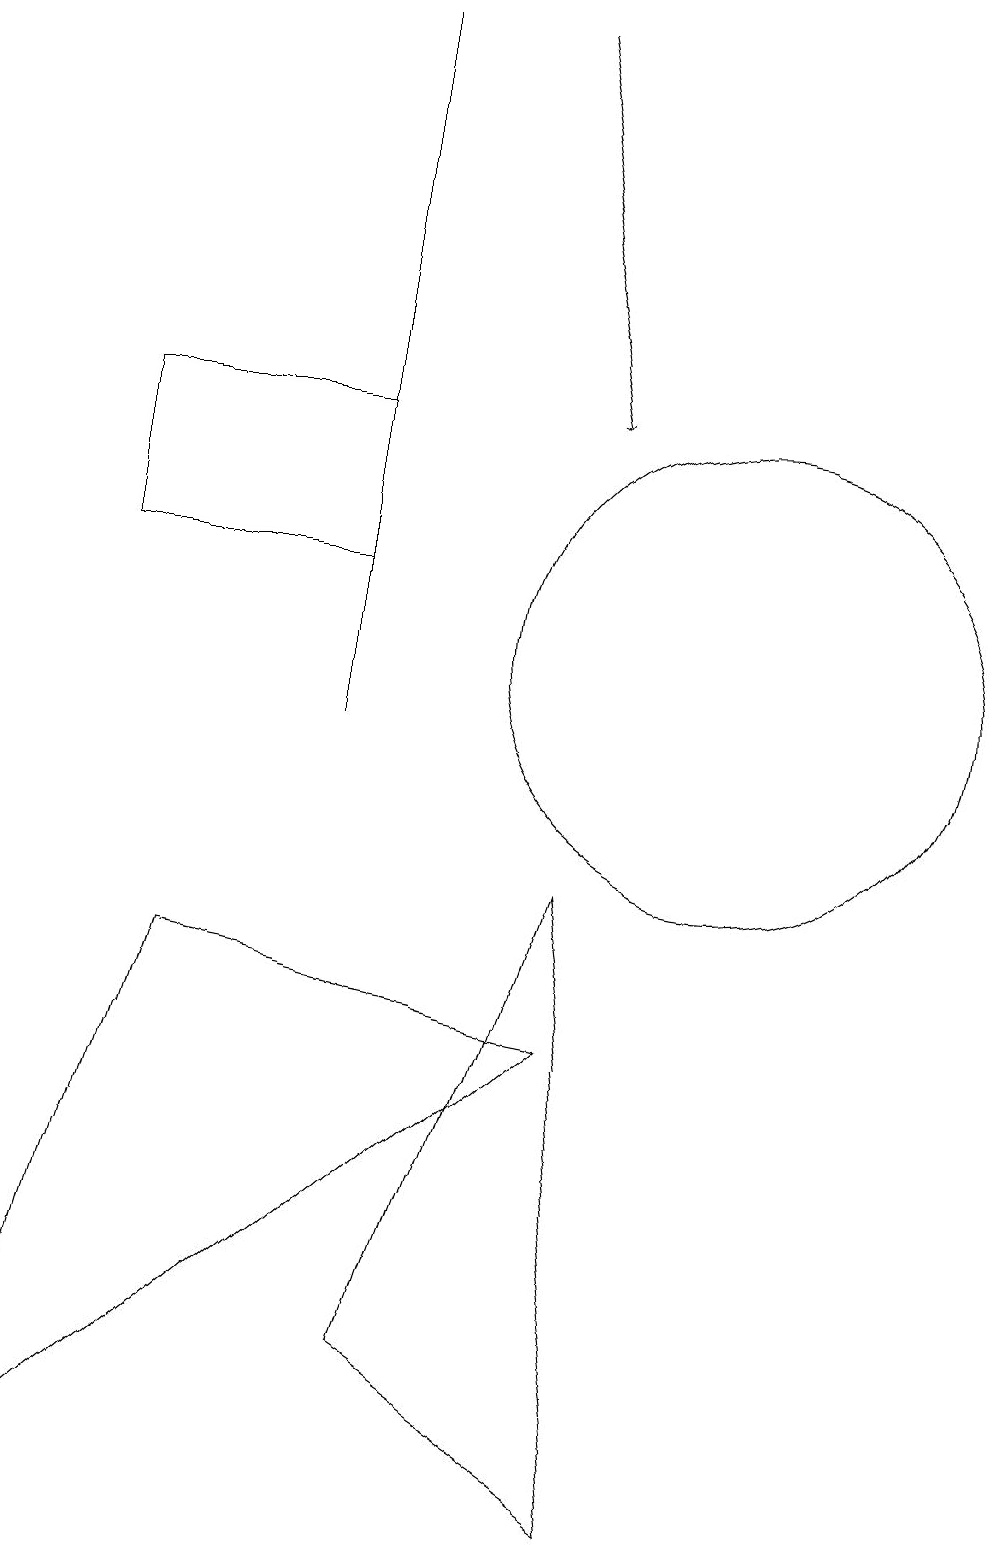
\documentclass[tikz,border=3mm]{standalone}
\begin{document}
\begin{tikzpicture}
\draw (6,2) -- (8,8) -- (9,0) -- cycle;
\draw (10,11) circle (3);
\draw[->] (7,19) -- (8,14);
\draw (5,19) rectangle (5,10);
\draw (2,12) rectangle (5,14);
\draw (8,6) -- (1,0) -- (3,7) -- cycle;
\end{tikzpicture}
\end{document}